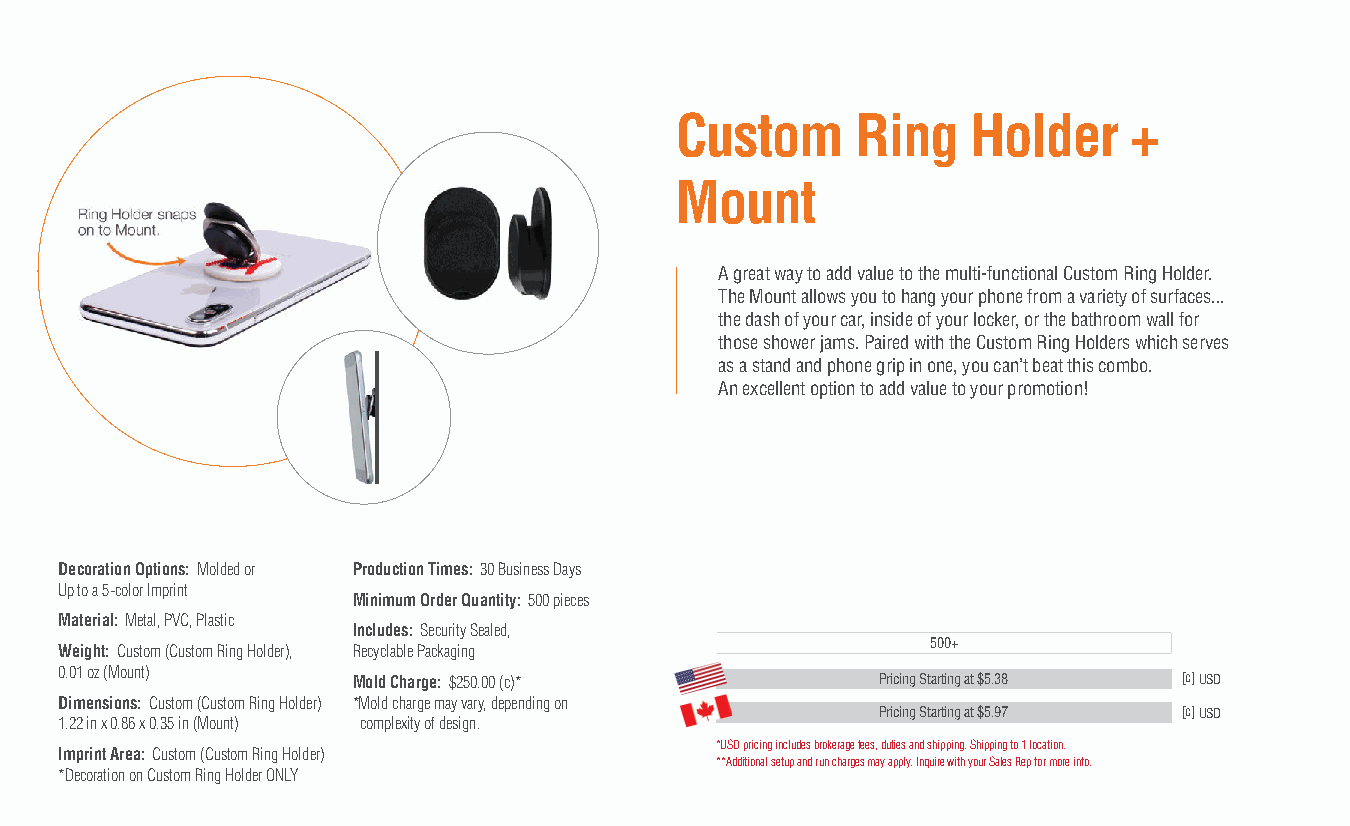
Custom      Ring   Holder     +
 Mount
 A great way to add value to the multi-functional Custom Ring Holder.
 The Mount allows you to hang your phone from a variety of surfaces...
 the dash of your car, inside of your locker, or the bathroom wall for
 those shower jams. Paired with the Custom Ring Holders which serves
 as a stand and phone grip in one, you can’t beat this combo.
 An excellent option to add value to your promotion!
 Decoration Options: Molded or Production Times: 30 Business Days
 Up to a 5-color Imprint
 Minimum Order Quantity: 500 pieces
 Material: Metal, PVC, Plastic
 Includes: Security Sealed,
 500+
 Weight: Custom (Custom Ring Holder), Recyclable Packaging
 0.01 oz (Mount)
 Mold Charge: $250.00 (c)*          Pricing Starting at $5.38 [c] USD
 Dimensions: Custom (Custom Ring Holder) *Mold charge may vary, depending on
 Pricing Starting at $5.97 [c] USD
 1.22 in x 0.86 x 0.35 in (Mount) complexity of design.
 *USD pricing includes brokerage fees, duties and shipping. Shipping to 1 location.
 Imprint Area: Custom (Custom Ring Holder)
 **Additional setup and run charges may apply. Inquire with your Sales Rep for more info.
 *Decoration on Custom Ring Holder ONLY